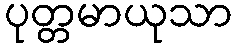
ပုတ္တမာယုသာ